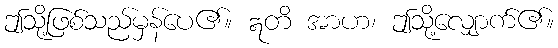
ဤသို့ဖြစ်သည်မှန်ပေ၏။ ဣတိ အာဟ၊ ဤသို့လျှောက်၏။